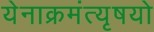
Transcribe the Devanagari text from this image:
येनाक्रमंत्यृषयो